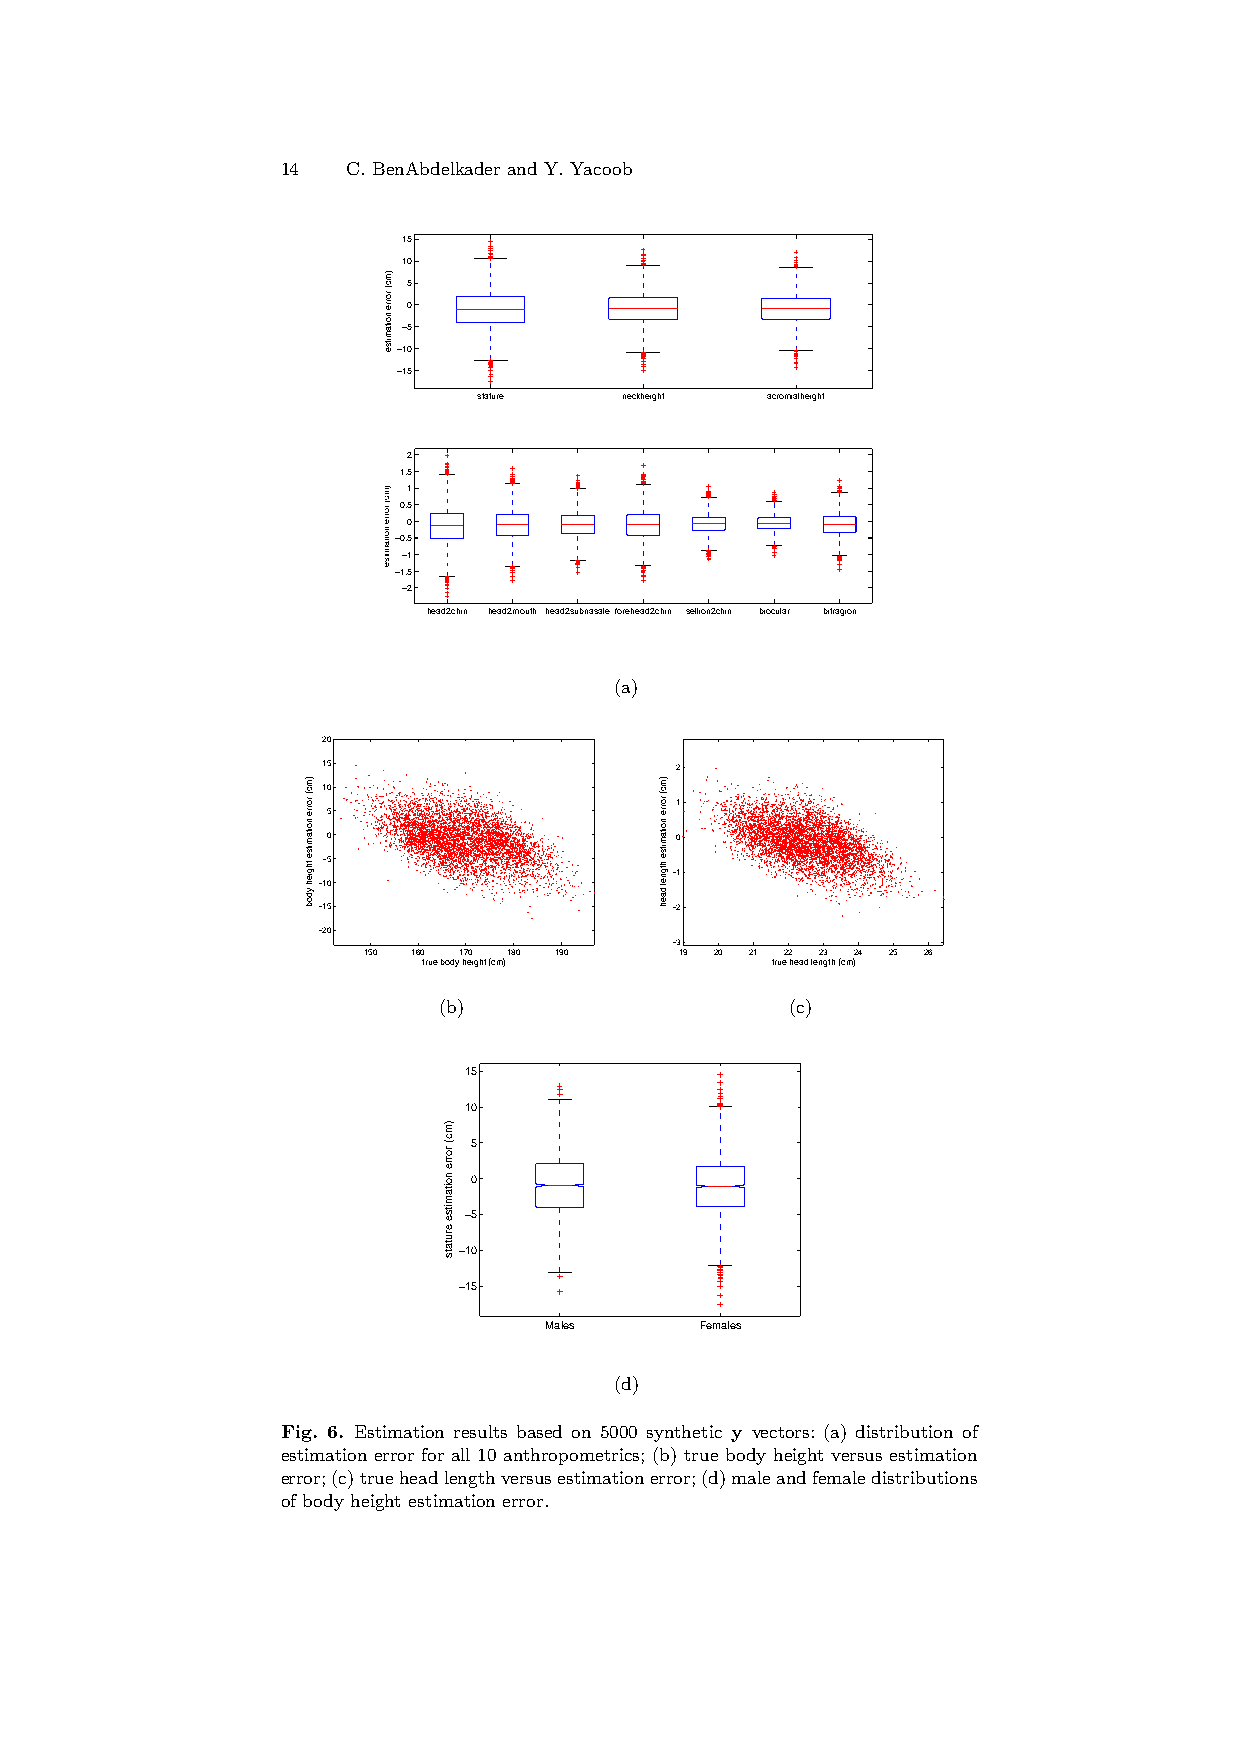
14  C. BenAbdelkader and Y. Yacoob
 15
 10
 5
 0
 −5
 −10
 −15
 stature  neckheight acromialheight
 2
 1.5
 1
 0.5
 0
 −0.5
 −1
 −1.5
 −2
 head2chin head2mouth head2subnasaleforehead2chin sellion2chin biocular bitragion
 (a)
 20
 15                      2
 10
 1
 5
 0                      0
 −5
 −1
 −10
 −15                    −2
 −20
 −3
 150 160 170 180 190  19 20 21 22 23 24 25 26
 true body height (cm)  true head length (cm)
 (b)                    (c)
 15
 10
 5
 0
 −5
 −10
 −15
 Males     Females
 (d)
 Fig. 6. Estimation results based on 5000 synthetic y vectors: (a) distribution of
 estimation error for all 10 anthropometrics; (b) true body height versus estimation
 error;(c)trueheadlengthversusestimationerror;(d)maleandfemaledistributions
 of body height estimation error.
 )mc(
 rorre
 noitamitse
 thgieh
 ydob
 )mc(
 rorre
 noitamitse
 )mc(
 rorre
 noitamitse
 )mc(
 rorre
 noitamitse
 erutats
 )mc(
 rorre
 noitamitse
 htgnel
 daeh